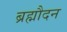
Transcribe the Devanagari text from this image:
ब्रह्मौदन